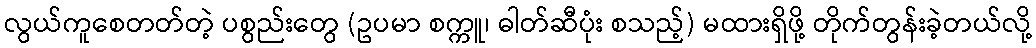
လွယ်ကူစေတတ်တဲ့ ပစွည်းတွေ (ဥပမာ စက္ကူ၊ ဓါတ်ဆီပုံး စသည့်) မထားရှိဖို့ တိုက်တွန်းခဲ့တယ်လို့